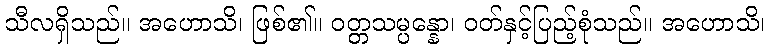
သီလရှိသည်။ အဟောသိ၊ ဖြစ်၏။ ဝတ္တသမ္ပန္နော၊ ဝတ်နှင့်ပြည့်စုံသည်။ အဟောသိ၊